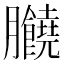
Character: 𦣗